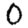
Digit: 0